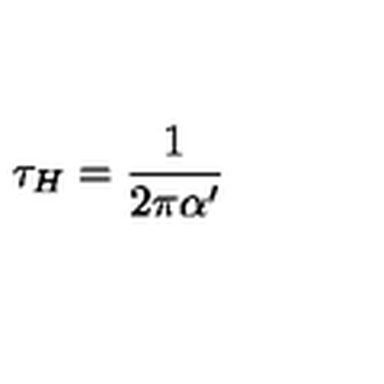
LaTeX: \tau _ { H } = \frac { 1 } { 2 \pi \alpha ^ { \prime } }